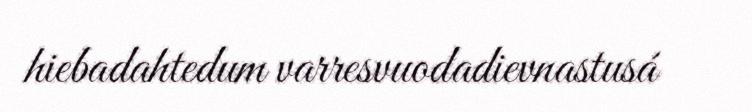
hiebadahtedum varresvuodadievnastusá